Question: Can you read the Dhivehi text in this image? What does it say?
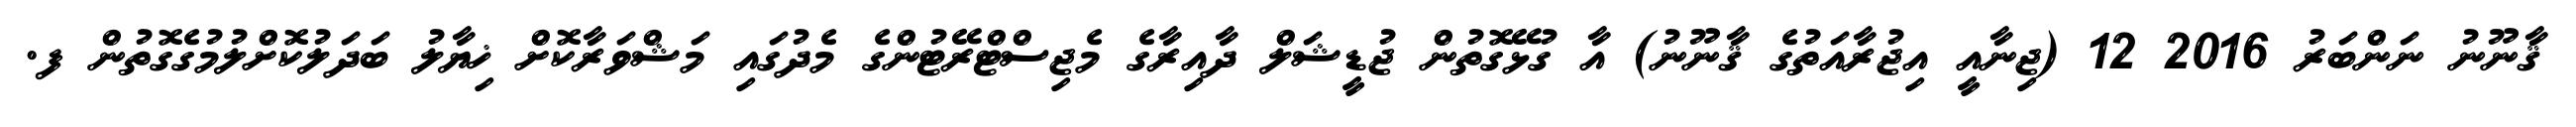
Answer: ޤާނޫނު ނަންބަރު 2016 12 (ޖިނާއީ އިޖުރާއަތުގެ ޤާނޫނު) އާ ގުޅޭގޮތުން ޖުޑީޝަލް ދާއިރާގެ މެޖިސްޓްރޭޓުންގެ މެދުގައި މަޝްވަރާކޮށް ޚިޔާލު ބަދަލުކޮށްލުމުގެގޮތުން ފ.